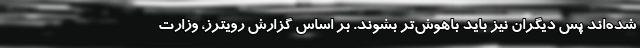
شده‌اند پس دیگران نیز باید باهوش‌تر بشوند. بر اساس گزارش رویترز، وزارت